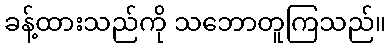
ခန့်ထားသည်ကို သဘောတူကြသည်။